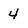
Character: 4